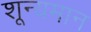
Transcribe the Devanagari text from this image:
शून्यमान